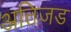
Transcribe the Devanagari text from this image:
अतिजड